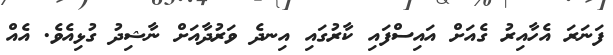
ފަނަރަ އެހާއިރު ގެއަށް އައިސްފައި ކާރުގައި އިނދެ ވަރުދާއަށް ނާޝިދު ގުޅިއެވެ. އެއް